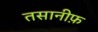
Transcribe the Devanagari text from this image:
तसानीफ़